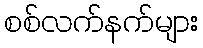
စစ်လက်နက်များ